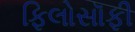
ફિલોસૉફી